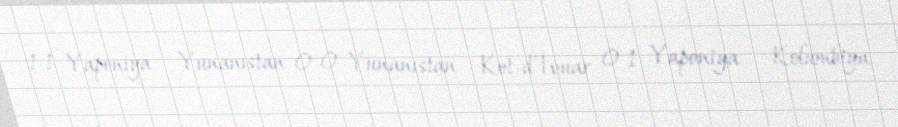
1-1 Yaponiya - Yunanıstan 0-0 Yunanıstan - Kot-d’İvuar 0-1 Yaponiya - Kolumbiya